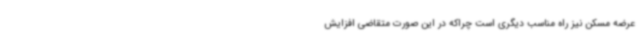
عرضه مسکن نیز راه مناسب دیگری است چراکه در این صورت متقاضی افزایش